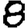
Digit: 8